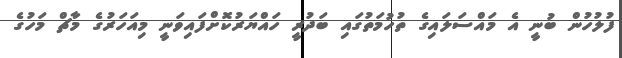
ފުލުހުން ބުނީ އެ މައްސަލައިގެ ތުހުމަތުގައި ބަދުރީ ހައްޔަރުކޮށްފައިވަނީ މިއަހަރުގެ މާޗް މަހުގެ